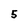
Character: 5